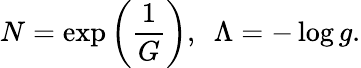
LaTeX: N=\exp\left(\frac{1}{G}\right),\, \, \, \Lambda=-\log g.